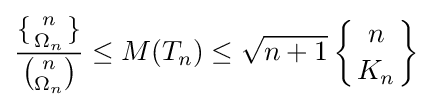
{\frac {\lbrace \textstyle {n \atop \Omega _{n}}\rbrace }{\binom {n}{\Omega _{n}}}}\leq M(T_{n})\leq {\sqrt {n+1}}\left\{{n \atop K_{n}}\right\}